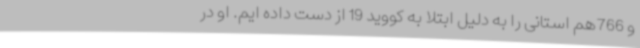
و 766هم استانی را به دلیل ابتلا به کووید 19 از دست داده ایم. او در